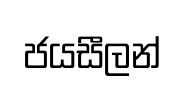
ජයසීලන්